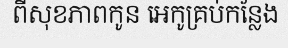
ពីសុខភាពកូន អេកូគ្រប់កន្លែង